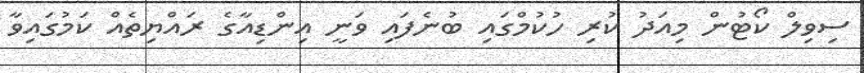
ސިވިލް ކޯޓުން މިއަދު ކުރި ހުކުމްގައި ބުނެފައި ވަނީ އިންޑިއާގެ ރައްޔިތެއް ކަމުގައިވާ